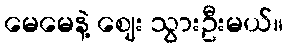
မေမေနဲ့ ဈေး သွားဦးမယ်။